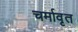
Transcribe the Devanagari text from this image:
चर्मावृत